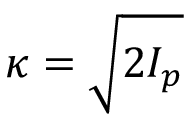
\kappa = \sqrt { 2 I _ { p } }